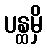
ပန္ထမှိ